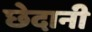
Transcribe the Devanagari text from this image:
छेदानी